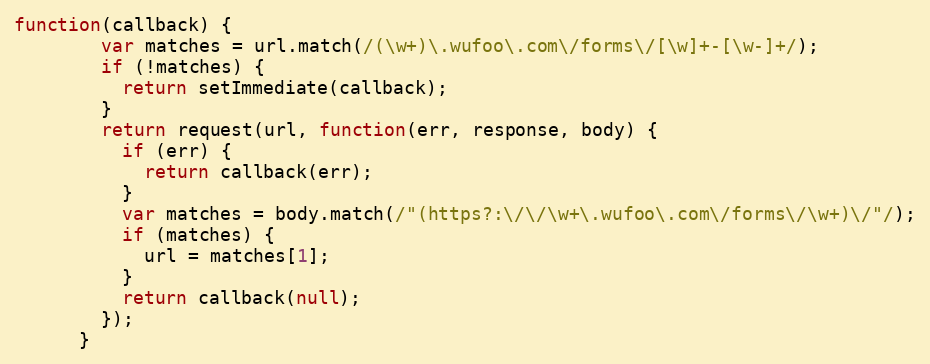
Language: JavaScript
function(callback) {
        var matches = url.match(/(\w+)\.wufoo\.com\/forms\/[\w]+-[\w-]+/);
        if (!matches) {
          return setImmediate(callback);
        }
        return request(url, function(err, response, body) {
          if (err) {
            return callback(err);
          }
          var matches = body.match(/"(https?:\/\/\w+\.wufoo\.com\/forms\/\w+)\/"/);
          if (matches) {
            url = matches[1];
          }
          return callback(null);
        });
      }